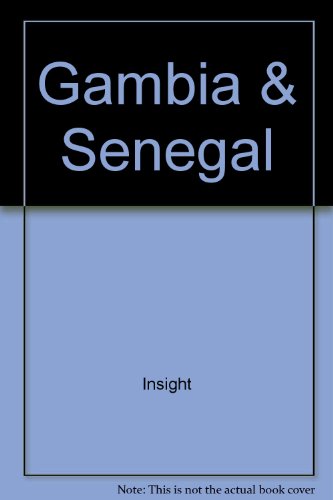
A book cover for Gambia & Senegal (Insight Guide Gambia & Senegal); Insight; Travel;